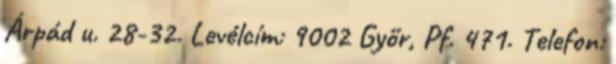
Árpád u. 28-32. Levélcím: 9002 Győr, Pf. 471. Telefon: